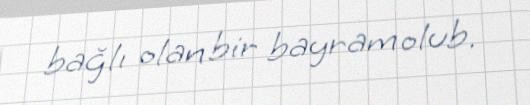
bağlı olan bir bayram olub.